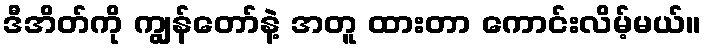
ဒီအိတ်ကို ကျွန်တော်နဲ့ အတူ ထားတာ ကောင်းလိမ့်မယ်။